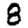
Digit: 8